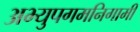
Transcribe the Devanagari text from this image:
अभ्युपगमनिगामी